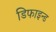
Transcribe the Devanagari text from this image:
डिफाइन्ड